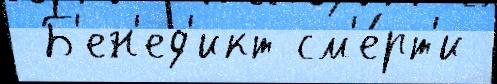
 Б'ен'ед'икт см'е́рт'и